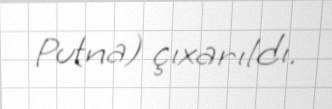
Putna) çıxarıldı.